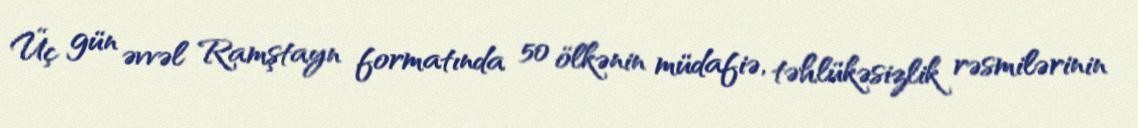
Üç gün əvvəl Ramştayn formatında 50 ölkənin müdafiə, təhlükəsizlik rəsmilərinin